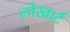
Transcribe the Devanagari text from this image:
लोखार्ट